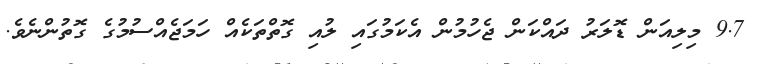
9.7 މިލިއަން ޑޮލަރު ދައްކަން ޖެހުމުން އެކަމުގައި ލުއި ގޮތްތަކެއް ހަމަޖެއްސުމުގެ ގޮތުންނެވެ.